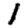
Digit: 1